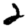
Digit: 2